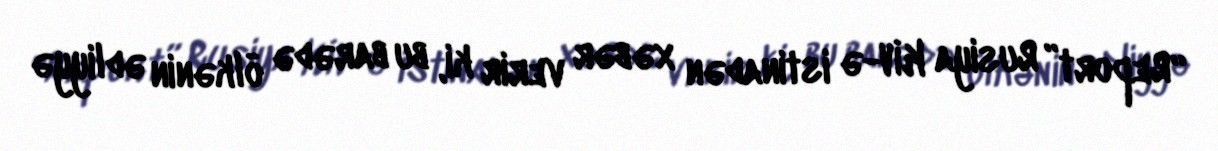
“Report” Rusiya KİV-ə istinadən xəbər verir ki, bu barədə ölkənin ədliyyə